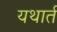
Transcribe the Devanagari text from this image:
यथार्त